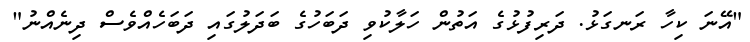
"އޭނަ ކިހާ ރަނގަޅު. ދަރިފުޅުގެ އަތުން ހަލާކުވި ދަބަހުގެ ބަދަލުގައި ދަބަހެއްވެސް ދިނެއްނު"